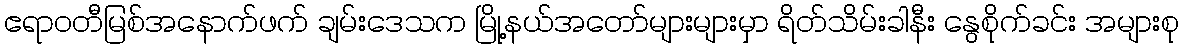
ဧရာဝတီမြစ်အနောက်ဖက် ချမ်းဒေသက မြို့နယ်အတော်များများမှာ ရိတ်သိမ်းခါနီး နွေစိုက်ခင်း အများစု